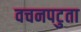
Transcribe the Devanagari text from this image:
वचनपटुता